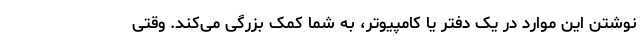
نوشتن این موارد در یک دفتر یا کامپیوتر، به شما کمک بزرگی می‌کند. وقتی